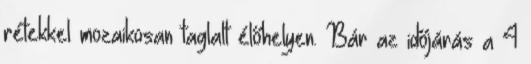
rétekkel mozaikosan taglalt élőhelyen. Bár az időjárás a 4